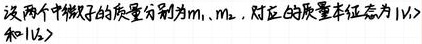
设两个中微子的质量分别为$m_1$、$m_2$，对应的质量本征态为$| \nu_1 \rangle$和$| \nu_2 \rangle$